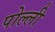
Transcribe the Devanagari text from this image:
पोल्ली